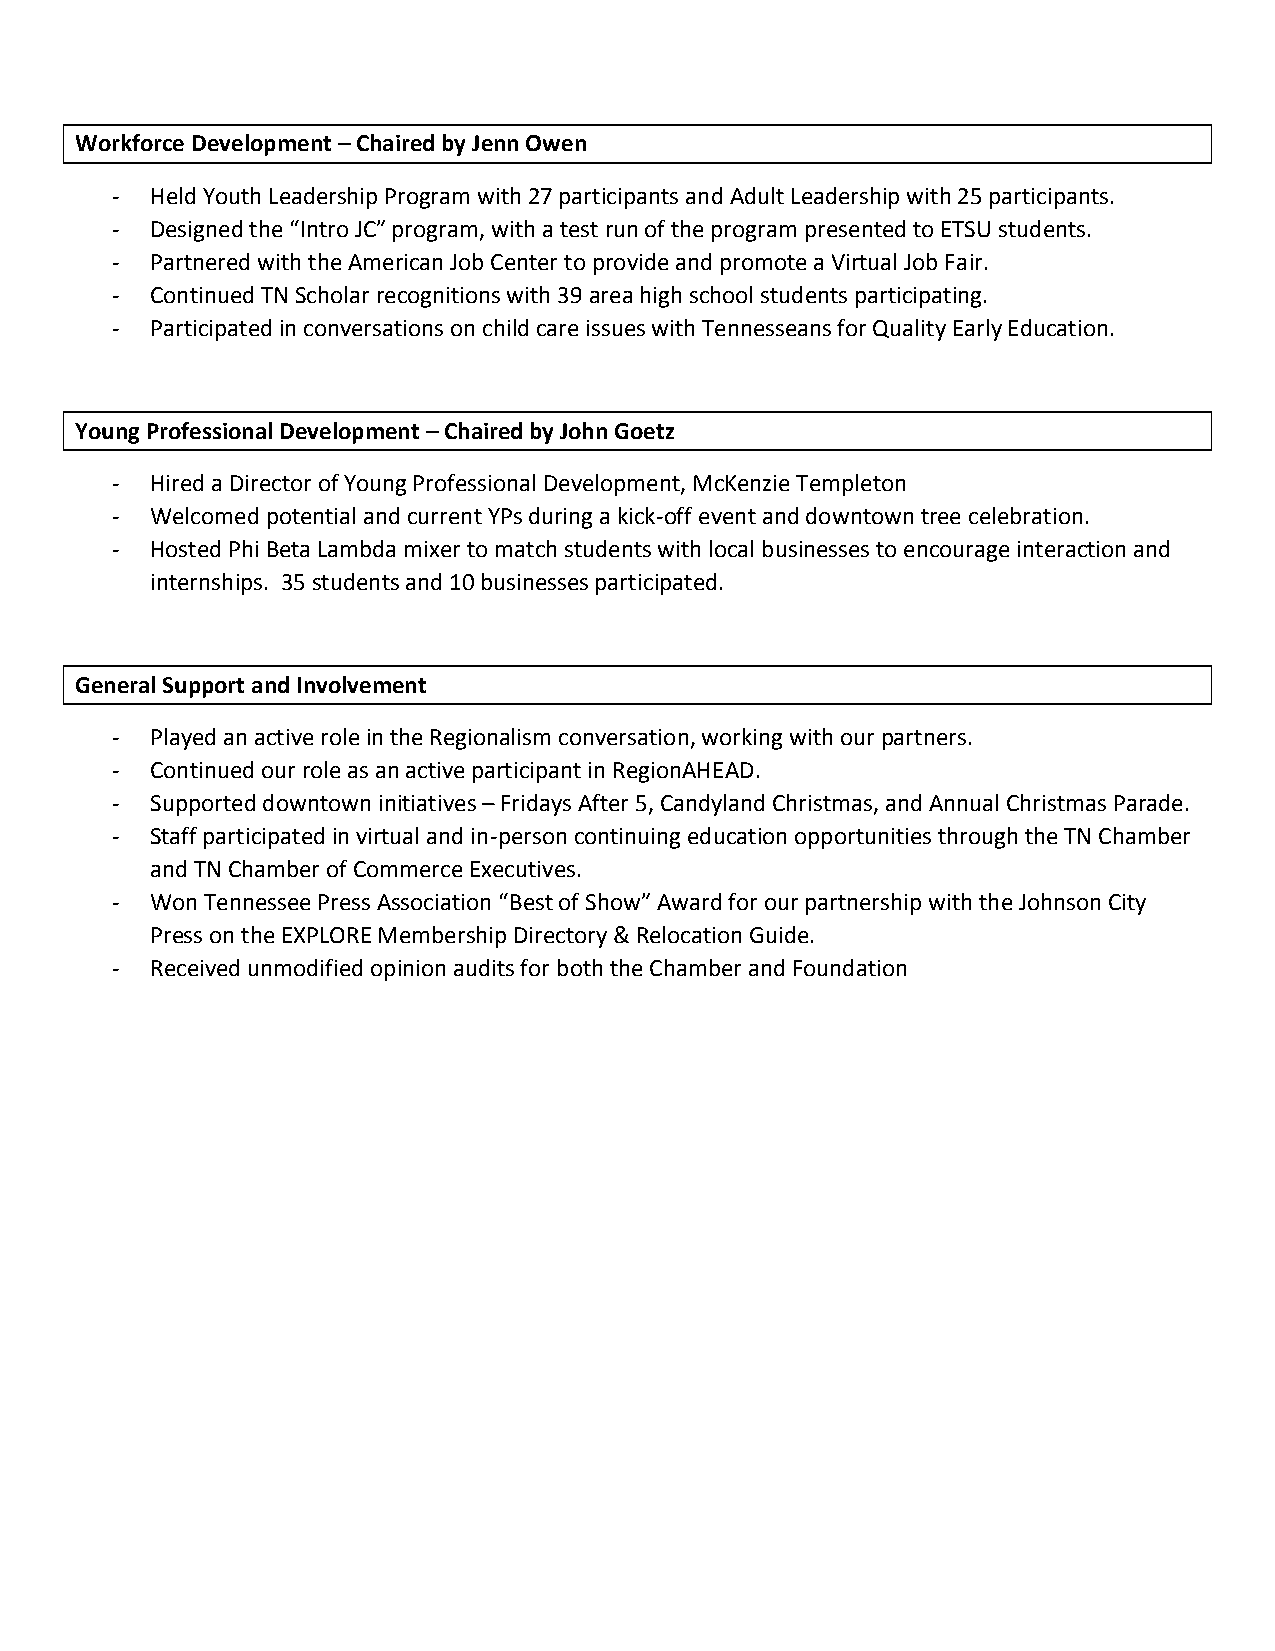
Workforce Development – Chaired by Jenn Owen
 -  Held Youth Leadership Program with 27 participants and Adult Leadership with 25 participants.
 -  Designed the “Intro JC” program, with a test run of the program presented to ETSU students.
 -  Partnered with the American Job Center to provide and promote a Virtual Job Fair.
 -  Continued TN Scholar recognitions with 39 area high school students participating.
 -  Participated in conversations on child care issues with Tennesseans for Quality Early Education.
 Young Professional Development – Chaired by John Goetz
 -  Hired a Director of Young Professional Development, McKenzie Templeton
 -  Welcomed potential and current YPs during a kick-off event and downtown tree celebration.
 -  Hosted Phi Beta Lambda mixer to match students with local businesses to encourage interaction and
 internships. 35 students and 10 businesses participated.
 General Support and Involvement
 -  Played an active role in the Regionalism conversation, working with our partners.
 -  Continued our role as an active participant in RegionAHEAD.
 -  Supported downtown initiatives – Fridays After 5, Candyland Christmas, and Annual Christmas Parade.
 -  Staff participated in virtual and in-person continuing education opportunities through the TN Chamber
 and TN Chamber of Commerce Executives.
 -  Won Tennessee Press Association “Best of Show” Award for our partnership with the Johnson City
 Press on the EXPLORE Membership Directory & Relocation Guide.
 -  Received unmodified opinion audits for both the Chamber and Foundation